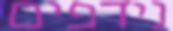
נידפים